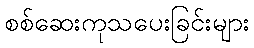
စစ်ဆေးကုသပေးခြင်းများ